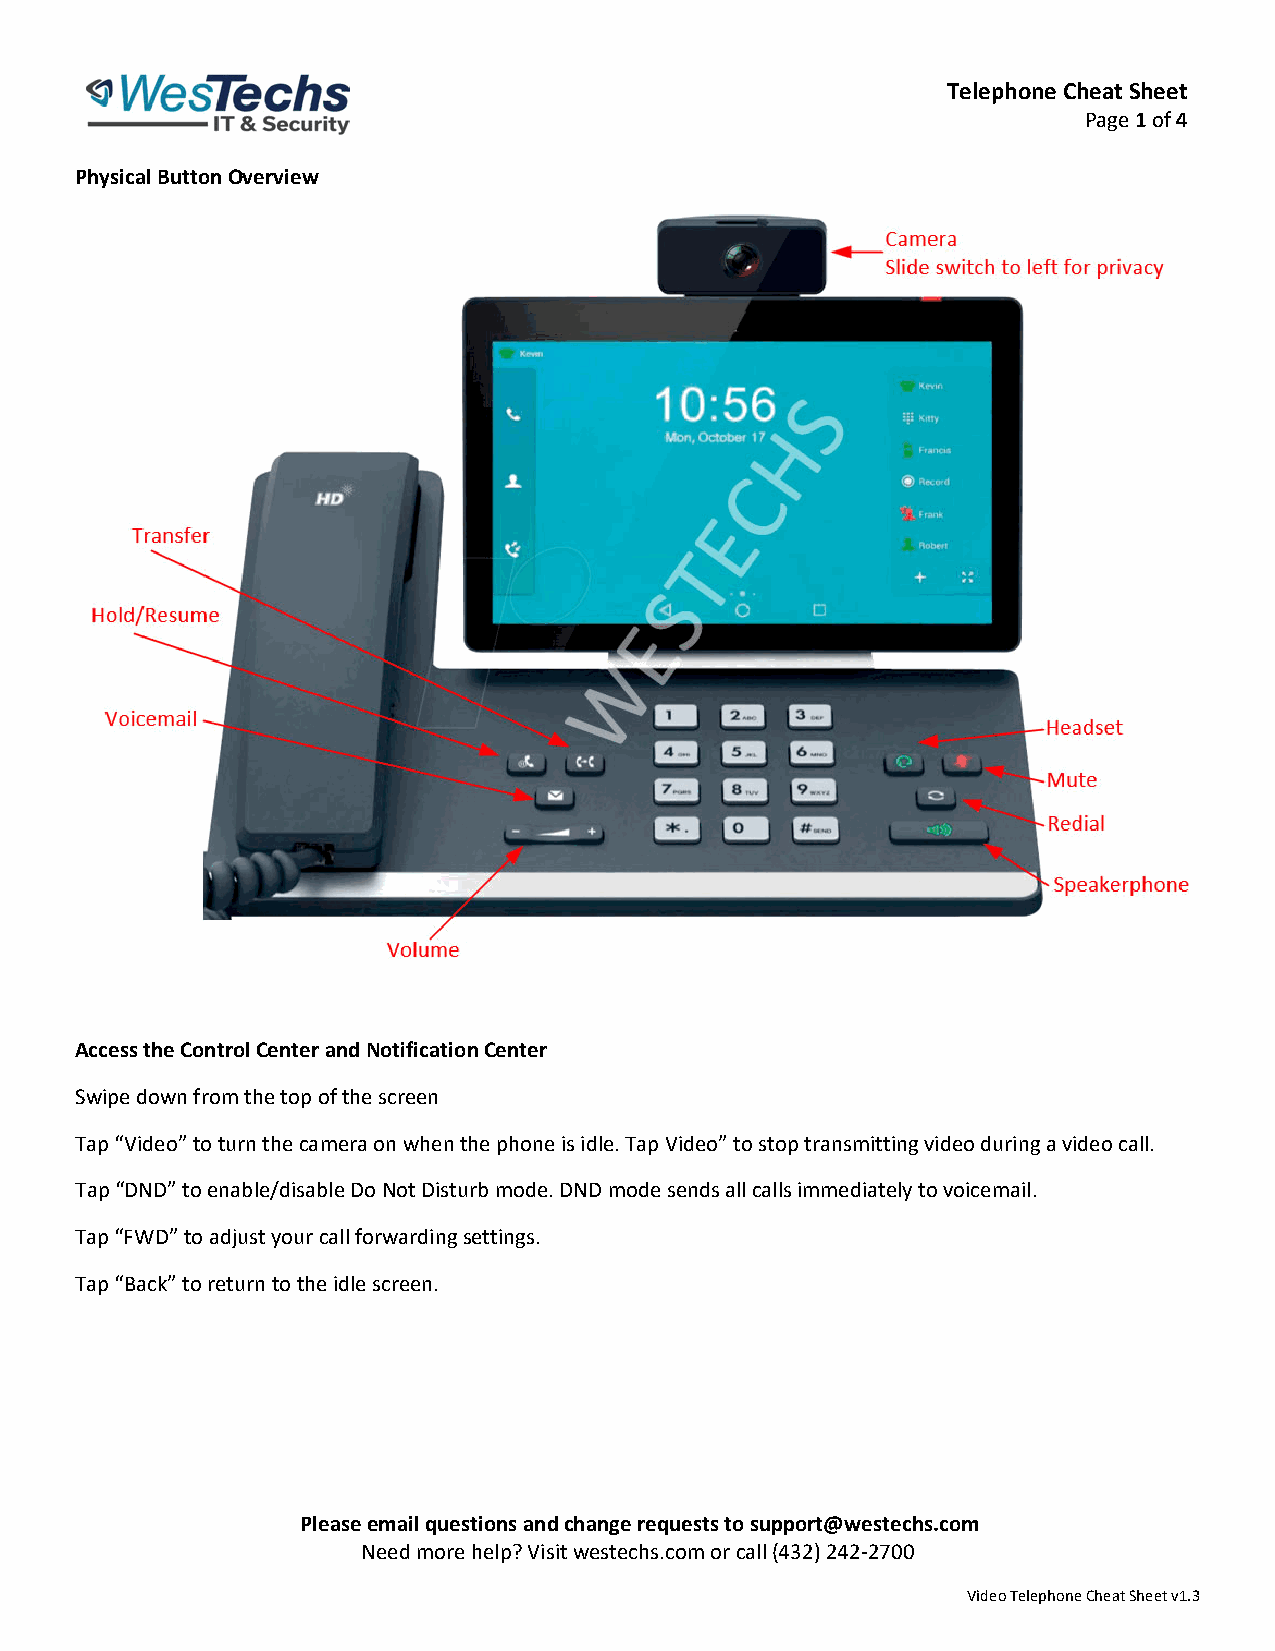
Telephone Cheat Sheet
 Page 1 of 4
 Physical Button Overview
 Access the Control Center and Notification Center
 Swipe down from the top of the screen
 Tap “Video” to turn the camera on when the phone is idle. Tap Video” to stop transmitting video during a video call.
 Tap “DND” to enable/disable Do Not Disturb mode. DND mode sends all calls immediately to voicemail.
 Tap “FWD” to adjust your call forwarding settings.
 Tap “Back” to return to the idle screen.
 Please email questions and change requests to support@westechs.com
 Need more help? Visit westechs.com or call (432) 242‐2700
 Video Telephone Cheat Sheet v1.3